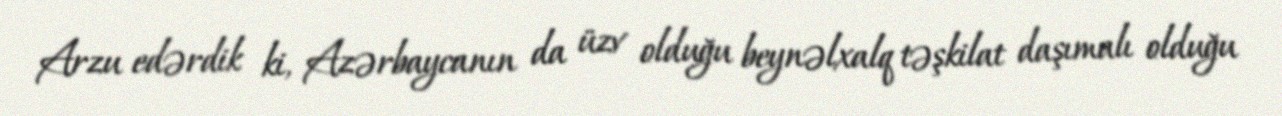
Arzu edərdik ki, Azərbaycanın da üzv olduğu beynəlxalq təşkilat daşımalı olduğu